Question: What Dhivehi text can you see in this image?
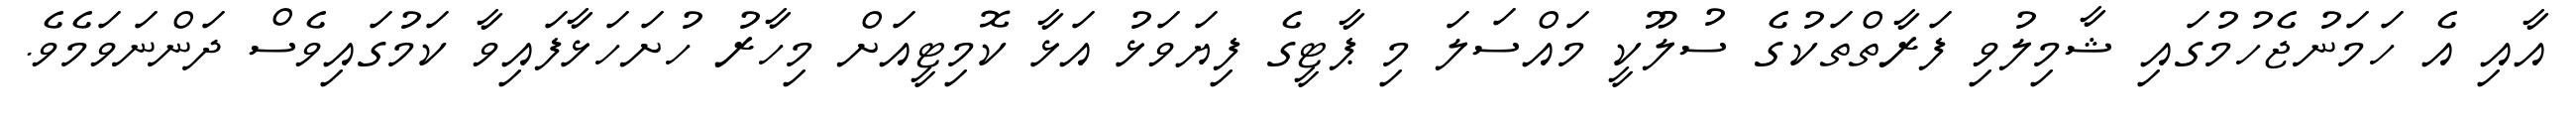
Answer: އާއި އެ ހަމަނުޖެހުމުގައި ޝާމިލުވި ފަރާތްތަކުގެ ސުލޫކީ މައްސަލަ މި ޕާޓީގެ ފިޔަވަޅު އަޅާ ކޮމިޓީއަށް މިހާރު ހުށަހަޅާފައިވާ ކަމުގައިވެސް ދަންނަވަމެވެ.